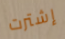
إشترت